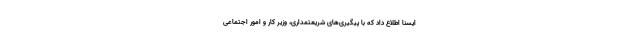
ایسنا اطلاع داد که با پیگیری‌های شریعتمداری، وزیر کار و امور اجتماعی